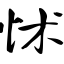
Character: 怵